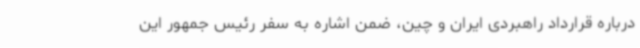
درباره‌ قرارداد راهبردی ایران و چین، ضمن اشاره به سفر رئیس جمهور این